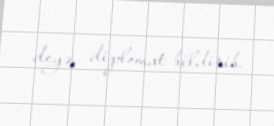
deyə, diplomat bildirib.